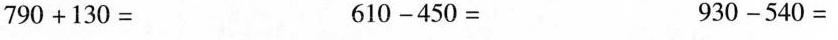
$$7 9 0 + 130 = 6 1 0 - 4 5 0 = 9 3 0 - 5 4 0 =$$